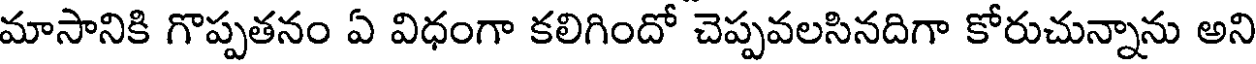
మాసానికి గొప్పతనం ఏ విధంగా కలిగిందో చెప్పవలసినదిగా కోరుచున్నాను అని